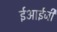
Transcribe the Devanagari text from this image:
ईआईजी